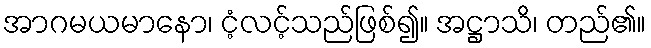
အာဂမယမာနော၊ ငံ့လင့်သည်ဖြစ်၍။ အဋ္ဌာသိ၊ တည်၏။